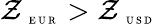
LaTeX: \mathcal{Z}_{\mathrm{{~\tiny~E~U~R~}}}>\mathcal{Z}_{\mathrm{{~\tiny~U~S~D~}}}